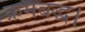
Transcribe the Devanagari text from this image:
क्रमबद्ध।